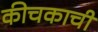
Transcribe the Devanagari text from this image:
कीचकाची